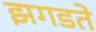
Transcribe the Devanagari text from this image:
झगडते